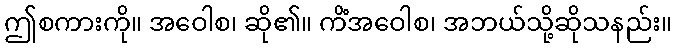
ဤစကားကို။ အဝေါစ၊ ဆို၏။ ကိံအဝေါစ၊ အဘယ်သို့ဆိုသနည်း။